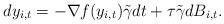
LaTeX: \begin{align*}dy_{i,t}=-\nabla f(y_{i,t})\tilde{\gamma}dt+\tau\tilde{\gamma}dB_{i,t}.\end{align*}